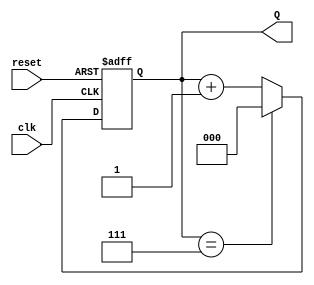
module binary_up_counter #(
    parameter N = 3  // Number of bits for the counter (default is 3)
)(
    input wire clk,       // Clock input
    input wire reset,     // Asynchronous reset input
    output reg [N-1:0] Q  // Counter output
);

// Always block for counter logic
always @(posedge clk or posedge reset) begin
    if (reset) begin
        Q <= 0;  // Reset the counter to 0
    end else begin
        if (Q == (2**N - 1)) begin
            Q <= 0;  // Roll over to 0 if maximum count is reached
        end else begin
            Q <= Q + 1;  // Increment the counter
        end
    end
end

endmodule